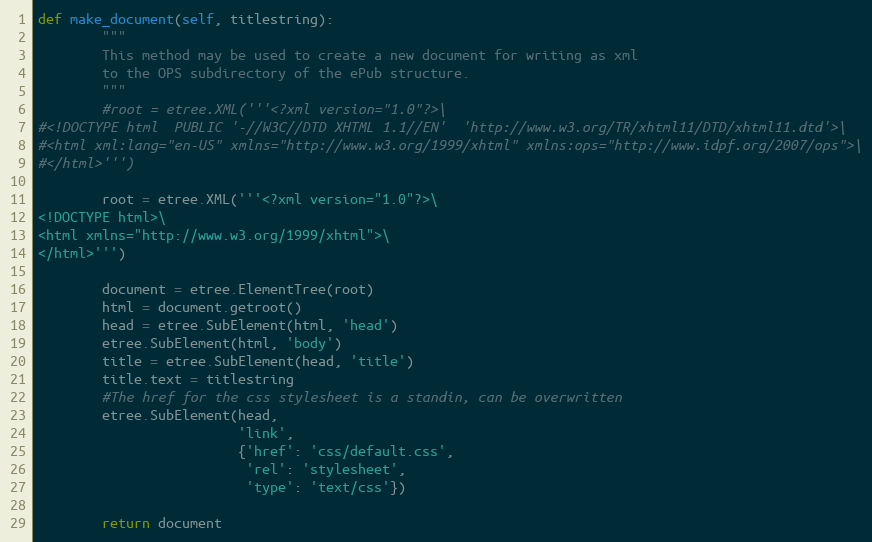
Language: Python
def make_document(self, titlestring):
        """
        This method may be used to create a new document for writing as xml
        to the OPS subdirectory of the ePub structure.
        """
        #root = etree.XML('''<?xml version="1.0"?>\
#<!DOCTYPE html  PUBLIC '-//W3C//DTD XHTML 1.1//EN'  'http://www.w3.org/TR/xhtml11/DTD/xhtml11.dtd'>\
#<html xml:lang="en-US" xmlns="http://www.w3.org/1999/xhtml" xmlns:ops="http://www.idpf.org/2007/ops">\
#</html>''')

        root = etree.XML('''<?xml version="1.0"?>\
<!DOCTYPE html>\
<html xmlns="http://www.w3.org/1999/xhtml">\
</html>''')

        document = etree.ElementTree(root)
        html = document.getroot()
        head = etree.SubElement(html, 'head')
        etree.SubElement(html, 'body')
        title = etree.SubElement(head, 'title')
        title.text = titlestring
        #The href for the css stylesheet is a standin, can be overwritten
        etree.SubElement(head,
                         'link',
                         {'href': 'css/default.css',
                          'rel': 'stylesheet',
                          'type': 'text/css'})

        return document